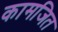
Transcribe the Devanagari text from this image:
कामजित